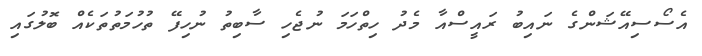
އެސޯސިއޭޝަންގެ ނައިބު ރައީސްއާ މެދު ހިތްހަމަ ނުޖެހި ސާބިތު ނުހިފޭ ތުހުމަތުތަކެއް ބޮލުގައި